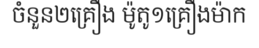
ចំនួន២គ្រឿង ម៉ូតូ១គ្រឿងម៉ាក